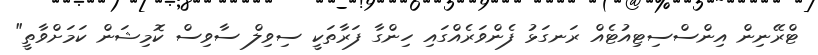
ޓްރޭނިން އިންސްސިޓިއުޓެއް ރަނގަޅު ފެންވަރެއްގައި ހިންގާ ފަރާތަކީ ސިވިލް ސާވިސް ކޮމިޝަން ކަމަށްވާތީ"